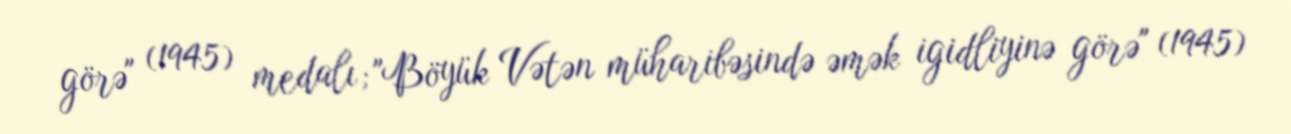
görə" (1945) medalı; "Böyük Vətən müharibəsində əmək igidliyinə görə" (1945)